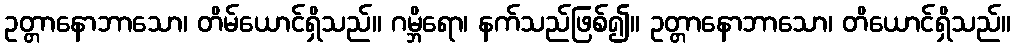
ဥတ္တာနောဘာသော၊ တိမ်ယောင်ရှိသည်။ ဂမ္ဘိရော၊ နက်သည်ဖြစ်၍။ ဥတ္တာနောဘာသော၊ တိယောင်ရှိသည်။